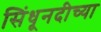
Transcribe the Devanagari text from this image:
सिंधूनदीच्या